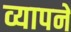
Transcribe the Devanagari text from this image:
व्यापने